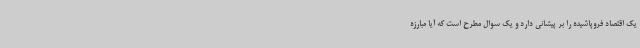
یک اقتصاد فروپاشیده را بر پیشانی دارد و یک سوال مطرح است که آیا مبارزه